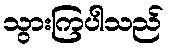
သွားကြပါသည်